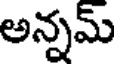
అన్నమ్